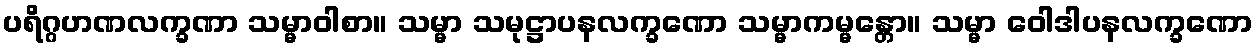
ပရိဂ္ဂဟဏလက္ခဏာ သမ္မာဝါစာ။ သမ္မာ သမုဋ္ဌာပနလက္ခဏော သမ္မာကမ္မန္တော။ သမ္မာ ဝေါဒါပနလက္ခဏော